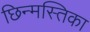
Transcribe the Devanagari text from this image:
छिन्मस्तिका